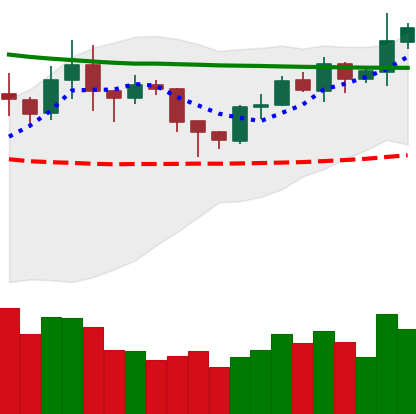
Ticker: XRP-USD
Chart end date: 2020-02-03
Forward return: 8.882%
Label: up_7plus